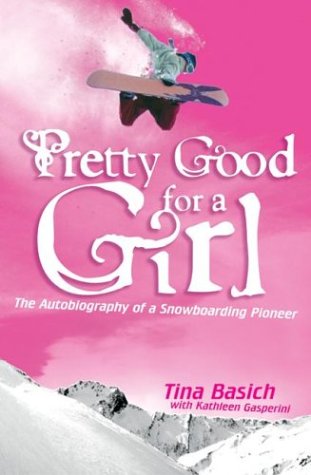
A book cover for Pretty Good for a Girl: The Autobiography of a Snowboarding Pioneer; Tina Basich; Sports & Outdoors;